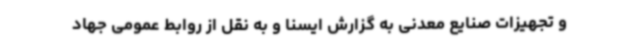
و تجهیزات صنایع معدنی به گزارش ایسنا و به نقل از روابط عمومی جهاد